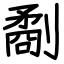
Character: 劀